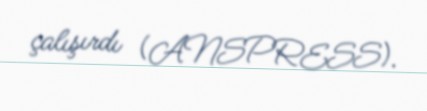
çalışırdı (ANSPRESS).